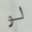
لو